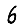
Digit: 6